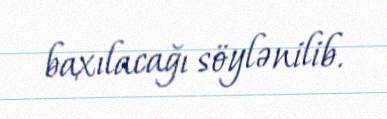
baxılacağı söylənilib.